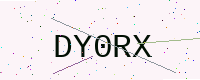
Text: DY0RX